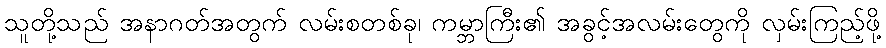
သူတို့သည် အနာဂတ်အတွက် လမ်းစတစ်ခု၊ ကမ္ဘာကြီး၏ အခွင့်အလမ်းတွေကို လှမ်းကြည့်ဖို့